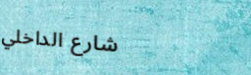
شارع الداخلي